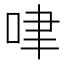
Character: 㖀